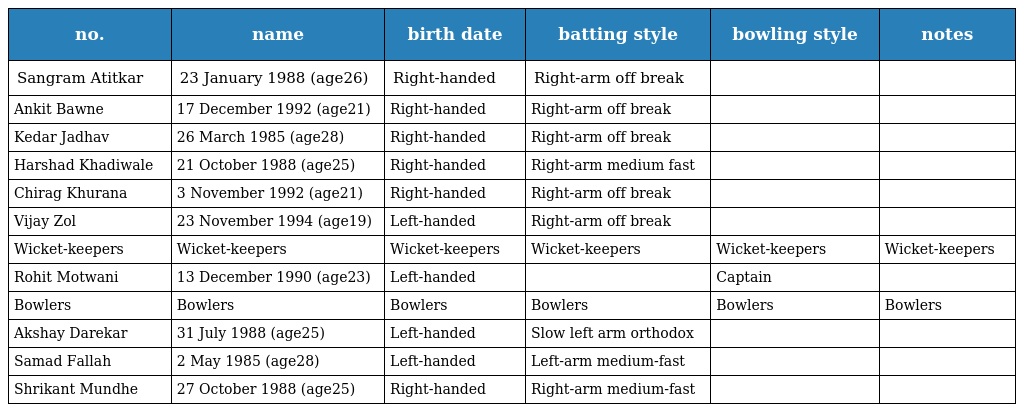
| no. | name | birth date | batting style | bowling style | notes |
 | --- | --- | --- | --- | --- | --- |
 | Sangram Atitkar | 23 January 1988 (age26) | Right-handed | Right-arm off break |  |  |
 | Ankit Bawne | 17 December 1992 (age21) | Right-handed | Right-arm off break |  |  |
 | Kedar Jadhav | 26 March 1985 (age28) | Right-handed | Right-arm off break |  |  |
 | Harshad Khadiwale | 21 October 1988 (age25) | Right-handed | Right-arm medium fast |  |  |
 | Chirag Khurana | 3 November 1992 (age21) | Right-handed | Right-arm off break |  |  |
 | Vijay Zol | 23 November 1994 (age19) | Left-handed | Right-arm off break |  |  |
 | Wicket-keepers | Wicket-keepers | Wicket-keepers | Wicket-keepers | Wicket-keepers | Wicket-keepers |
 | Rohit Motwani | 13 December 1990 (age23) | Left-handed |  | Captain |  |
 | Bowlers | Bowlers | Bowlers | Bowlers | Bowlers | Bowlers |
 | Akshay Darekar | 31 July 1988 (age25) | Left-handed | Slow left arm orthodox |  |  |
 | Samad Fallah | 2 May 1985 (age28) | Left-handed | Left-arm medium-fast |  |  |
 | Shrikant Mundhe | 27 October 1988 (age25) | Right-handed | Right-arm medium-fast |  |  |